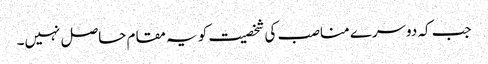
جب کہ دوسرے مناصب کی شخصیت کو یہ مقام حاصل نہیں۔